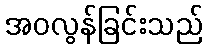
အဝလွန်ခြင်းသည်